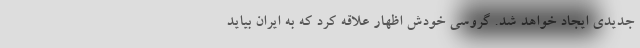
جدیدی ایجاد خواهد شد. گروسی خودش اظهار علاقه کرد که به ایران بیاید